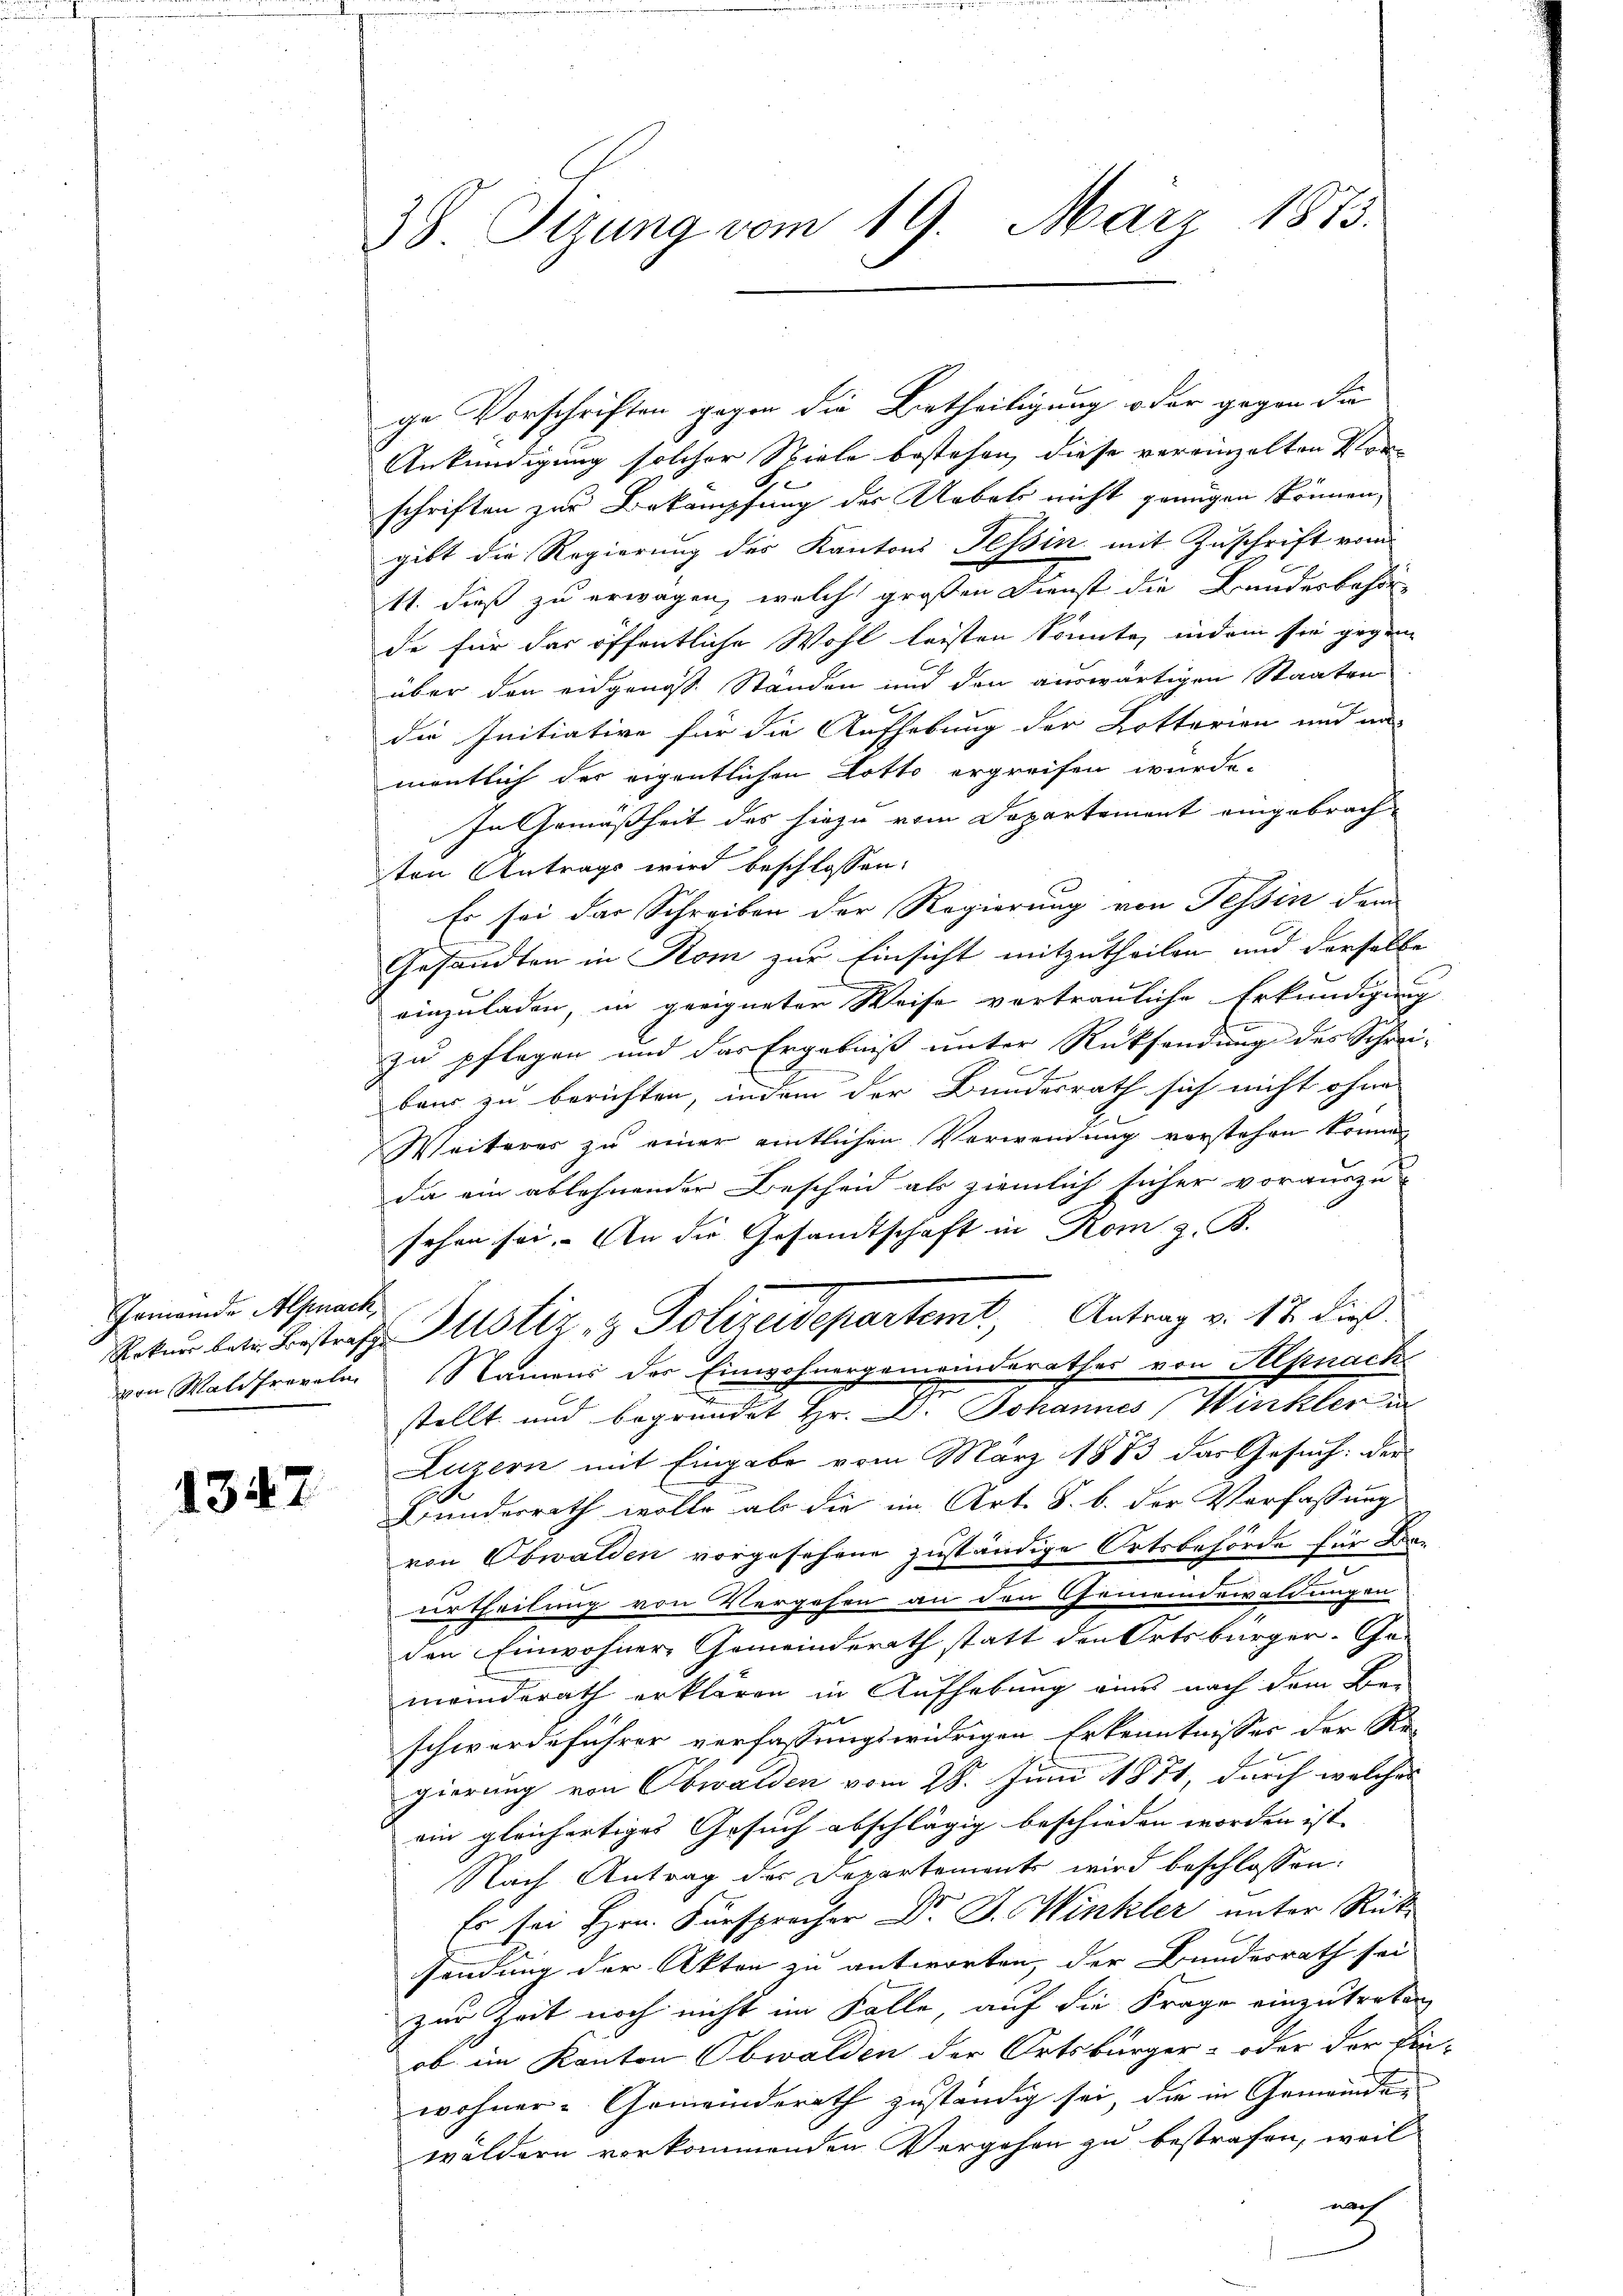
Gemeinde Alpnack,
von Maldfreveln

1347

38 Tizung vom 19. März 1873.

ge Vorschriften gegen die Urtheiligung oder gegen die
Ankündigung solcher Spiele bestehen, diese vereinzelten Vorschriften zur Bekämpfung der Uebels nicht genügen können,
gibt die Regierung des Kantons Tessin mit Zuschrift vom
11. dieß zu erwagen, welche großen Dienst die Bundesbehör-
de für das öffentliche Wohl leisten könnte, indem sie gegen
über den eidgenoss. Standen und den auswärtigen Staaten
die Initiative für die Aufhebung der Lotterien und an-
mentlich der eigentlichen Lotto ergreifen wurde.
In Gemäßheit des hiezu vom Departement eingebrach-
ten Antrags wird beschlossen:
Es sei das Schreiben der Regierung von Tessin dem
Gesandten in Rom zur Einsicht mitzutheilen und derselbe
einzuladen, in geeigneten Weise vertrauliche Erkundigung
zu pflegen und das Ergebniß unter Rücksendung des Schrei-
baus zu berichten, indem der Bundesrath sich nicht ohne
Weiteres zu einer amtlichen Verwendung vorstehen könne,
da ein ablehnender Bescheid als ziemlich sicher vorauszu
sehen sei. An die Gesandtschaft in Rom z. B.
Ratŭr betr. Beistraf Pustiz & Polizeidepartemt, Antrag v. 12. dieß.
Namens der Einwohnergemeinderathes von Hlpnach
stellt und begründet Hr. D. Johannes (Winkler in
Luzern mit Eingabe vom März 1873 das Gesuch: der
Bunderrath wolle ab die im Art. S. b. der Verfassung
von Obwalden vorgesehene zuständige Ortsbehörde für Fra-
urtheilung von Vergehen an den Gemeindewaldungen
.
den Einwohner-Gemeinderath statt den Ortsbürger. Ge-
meinderath erklären in Aufhebung eines nach dem Be-
schwerdeführer verfassungswidrigen Erkenntnisses der Re-
gierung von Obwalden vom 28. Juni 1871, durch welches
ein gleichertiges Gesuch abschlägig beschieden worden ist. |
Nach Antrag der Departement wird beschlossen:
Er sei Hrn. Fürsprecher Dr. J. Winkler unter Rücksendung der Akten zu antworten, der Bundesrath sei
zur Zeit noch nicht im Falle, auf die Frage einzutreten
ob im Kanton Obwalden der Ortsbürger- oder der Ein-
wohner-Gemeinderath zuständig sei, die in Gemeinden
wildern vorkommenden Vergehen zu bestrafen, weil
wech